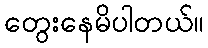
တွေးနေမိပါတယ်။